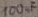
Text: 100µF